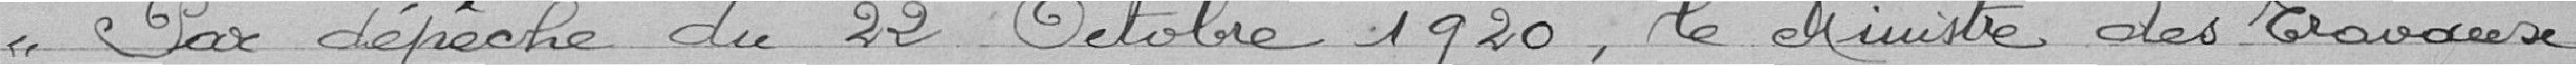
« Par dépêche du 22 Octobre 1920, le Ministre des Travaux